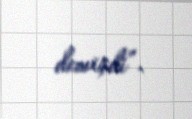
demişdi”.